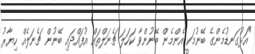
"އަޅުގަނޑުމެންގެ ބޭނުމަކީ އެންމެން ބޭނުންވާ ކަހަލަ ޗެނަލްތައް އުފައްދައި ބޭނުން ޗެނަލެއް ހިޔާރު